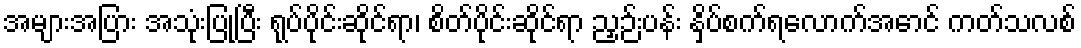
အများအပြား အသုံးပြုပြီး ရုပ်ပိုင်းဆိုင်ရာ၊ စိတ်ပိုင်းဆိုင်ရာ ညှဉ်းပန်း နှိပ်စက်ရလောက်အောင် ကတ်သလစ်